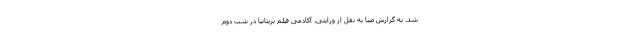
شد. به گزارش صبا به نقل از ورایتی، آکادمی فیلم بریتانیا در شب دوم